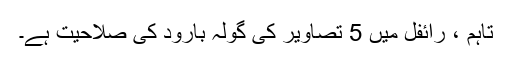
تاہم ، رائفل میں 5 تصاویر کی گولہ بارود کی صلاحیت ہے۔